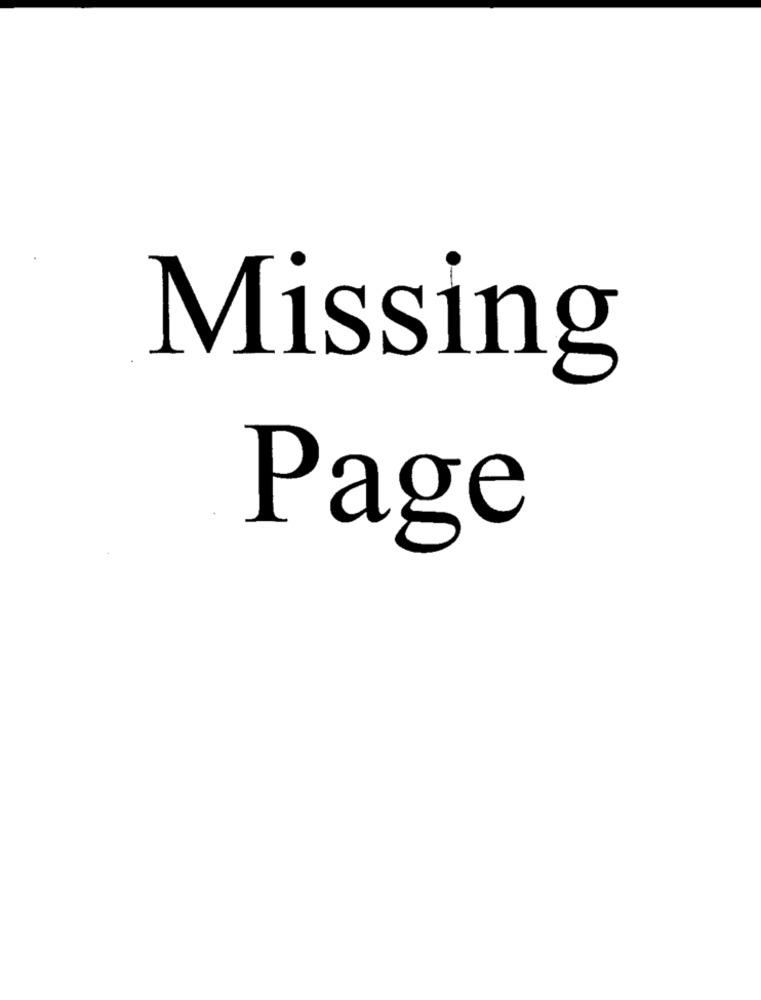
Missing
Page